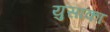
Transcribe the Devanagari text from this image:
युसाका